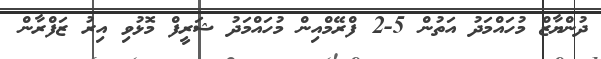
ދުންޔާޒް މުހައްމަދު އަތުން 5-2 ފްރޭމްއިން މުހައްމަދު ޝަރީފް މޮޅުވި އިރު ޒަފްރާން